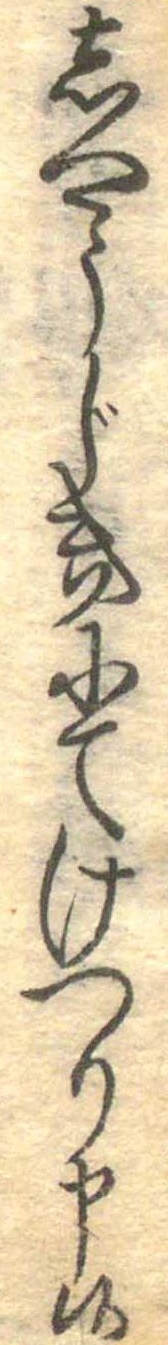
しやうじきにてけつり申候